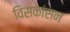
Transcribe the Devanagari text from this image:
विसकांसन